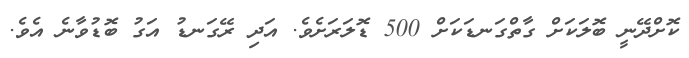
ކޮށްދޭނީ ބޮލަކަށް ގާތްގަނޑަކަށް 500 ޑޮލަރަށެވެ. އަދި ރޭގަނޑު އަގު ބޮޑުވާނެ އެވެ.